Civil Veterinary Department Bihar reports 1940-50 - 1940-1950
Year: 1940
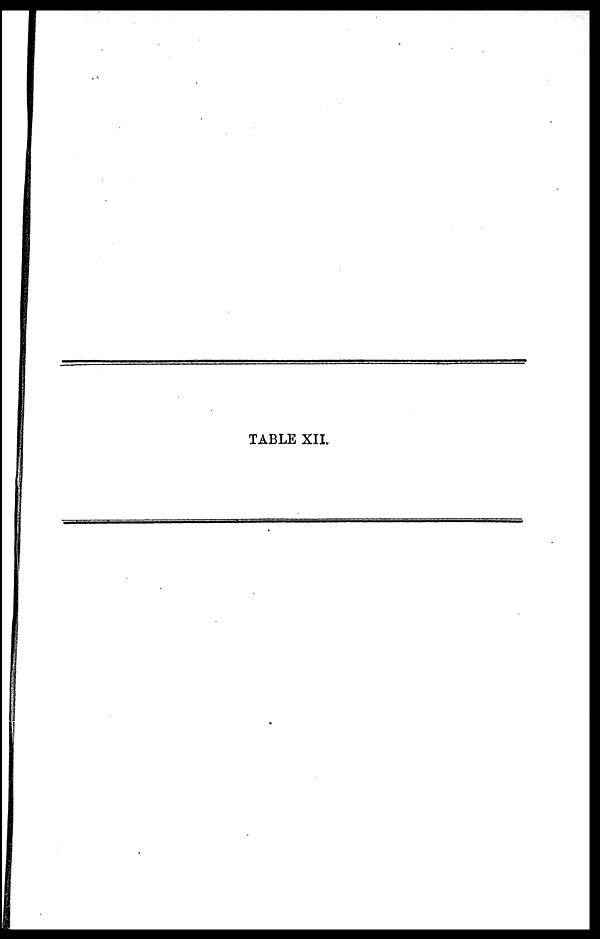
TABLE XII.